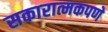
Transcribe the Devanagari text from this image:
सकारात्मकपणे